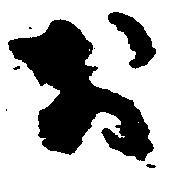
お